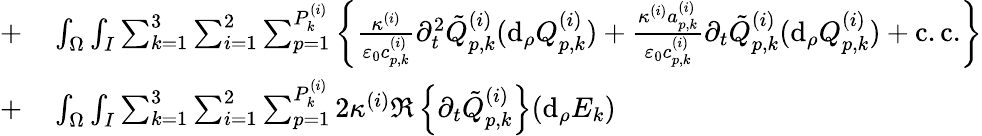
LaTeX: \begin{array}{rl}{+}&{{}\int_{\Omega}\int_{I}\sum_{k=1}^{3}\sum_{i=1}^{2}\sum_{p=1}^{P_{k}^{(i)}}\left\{ \frac{\kappa^{(i)}}{\varepsilon_{0}c_{p,k}^{(i)}}\partial_{t}^{2}\tilde{Q}_{p,k}^{(i)}(\mathrm{d}_{\rho}Q_{p,k}^{(i)})+\frac{\kappa^{(i)}a_{p,k}^{(i)}}{\varepsilon_{0}c_{p,k}^{(i)}}\partial_{t}\tilde{Q}_{p,k}^{(i)}(\mathrm{d}_{\rho}Q_{p,k}^{(i)})+\mathrm{c.c.}\right\} }\\ {+}&{{}\int_{\Omega}\int_{I}\sum_{k=1}^{3}\sum_{i=1}^{2}\sum_{p=1}^{P_{k}^{(i)}}2\kappa^{(i)}\Re\left\{ \partial_{t}\tilde{Q}_{p,k}^{(i)}\right\} (\mathrm{d}_{\rho}E_{k})}\end{array}